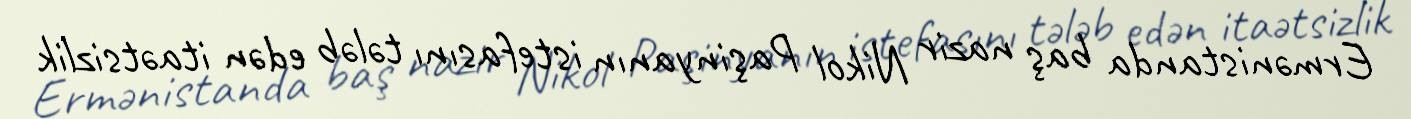
Ermənistanda baş nazir Nikol Paşinyanın istefasını tələb edən itaətsizlik